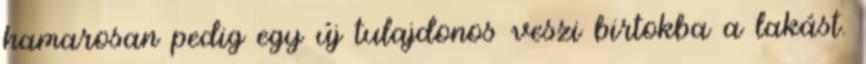
hamarosan pedig egy új tulajdonos veszi birtokba a lakást.